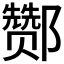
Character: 酂